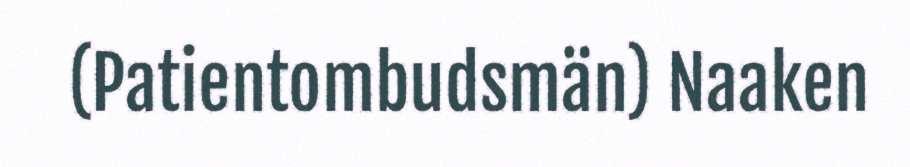
(Patientombudsmän) Naaken